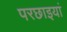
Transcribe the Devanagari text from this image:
परछाइयां